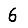
Digit: 6